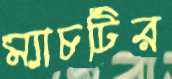
ম্যাচটির